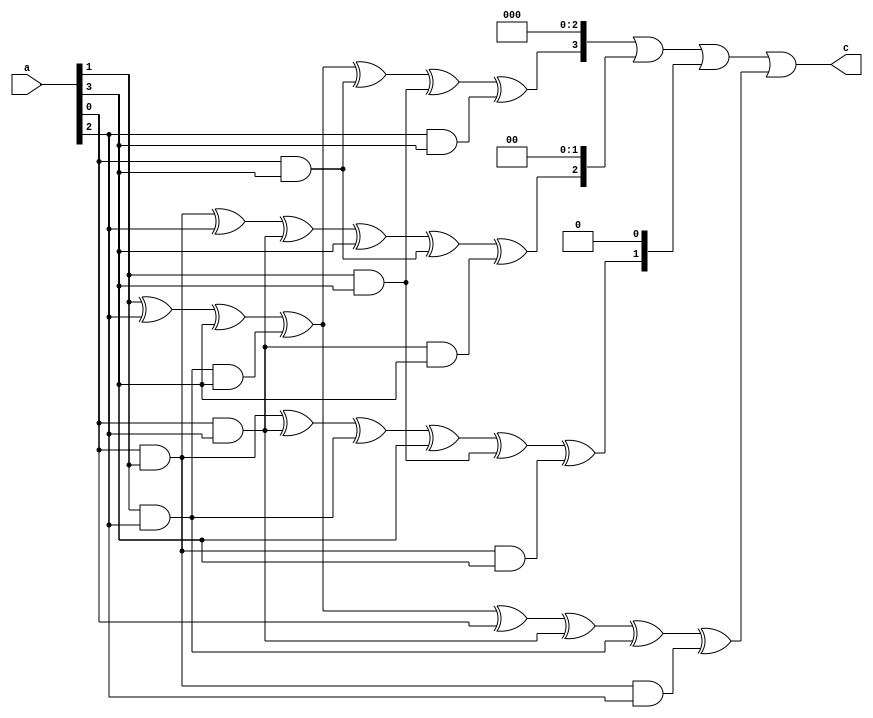
module invg4(a, c);
  input  [3:0] a;
  output [3:0] c;

  wire c0, c1, c2, c3, aA;

  assign aA = a[1] ^ a[2] ^ a[3] ^ (a[1] & a[2] & a[3]);
  assign c0 = aA ^ a[0] ^ (a[0] & a[2]) ^ (a[1] & a[2]) ^ (a[0] & a[1] & a[2]);
  assign c1 = (a[0] & a[1]) ^ (a[0] & a[2]) ^ (a[1] & a[2]) ^ a[3] ^
          (a[1] & a[3]) ^ (a[0] & a[1] & a[3]);
  assign c2 = (a[0] & a[1]) ^ a[2] ^ (a[0] & a[2]) ^ a[3] ^
          (a[0] & a[3]) ^ (a[0] & a[2] & a[3]);
  assign c3 = aA ^ (a[0] & a[3]) ^ (a[1] & a[3]) ^ (a[2] & a[3]);

  assign c = (c3 << 3) | (c2 << 2) | (c1 << 1) | c0;

endmodule